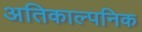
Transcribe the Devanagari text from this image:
अतिकाल्पनिक